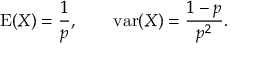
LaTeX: \operatorname { E } ( X ) = { \frac { 1 } { p } } , \qquad \operatorname { v a r } ( X ) = { \frac { 1 - p } { p ^ { 2 } } } .